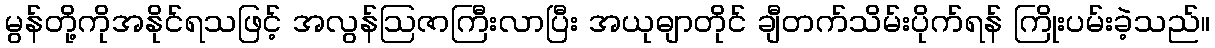
မွန်တို့ကိုအနိုင်ရသဖြင့် အလွန်ဩဇာကြီးလာပြီး အယုဓျာတိုင် ချီတက်သိမ်းပိုက်ရန် ကြိုးပမ်းခဲ့သည်။